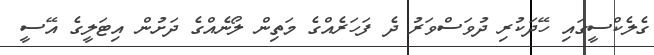
ގެލެކްސީގައި ހޭދަކުރި ދުވަސްވަރު ދެ ފަހަރެއްގެ މަތިން ލޯނެއްގެ ދަށުން އިޓަލީގެ އޭސީ